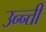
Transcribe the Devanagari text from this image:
उन्न्ती